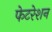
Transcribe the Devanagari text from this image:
फेटरेशन